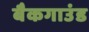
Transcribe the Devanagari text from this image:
बैकगाउंड